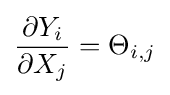
{\frac {\partial Y_{i}}{\partial X_{j}}}=\Theta _{i,j}